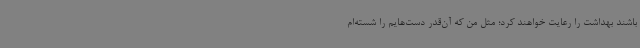
باشند بهداشت را رعایت خواهند کرد؛ مثل من که آن‌قدر دست‌هایم را شسته‌ام